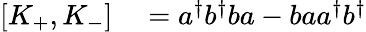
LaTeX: \begin{array}{rl}{[K_{+},K_{-}]}&{{}=a^{\dagger}b^{\dagger}ba-baa^{\dagger}b^{\dagger}}\end{array}